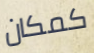
كمكان